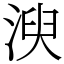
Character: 㳛